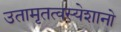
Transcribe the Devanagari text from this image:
उतामृतत्वस्येशानो